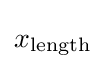
x_{\text{length}}